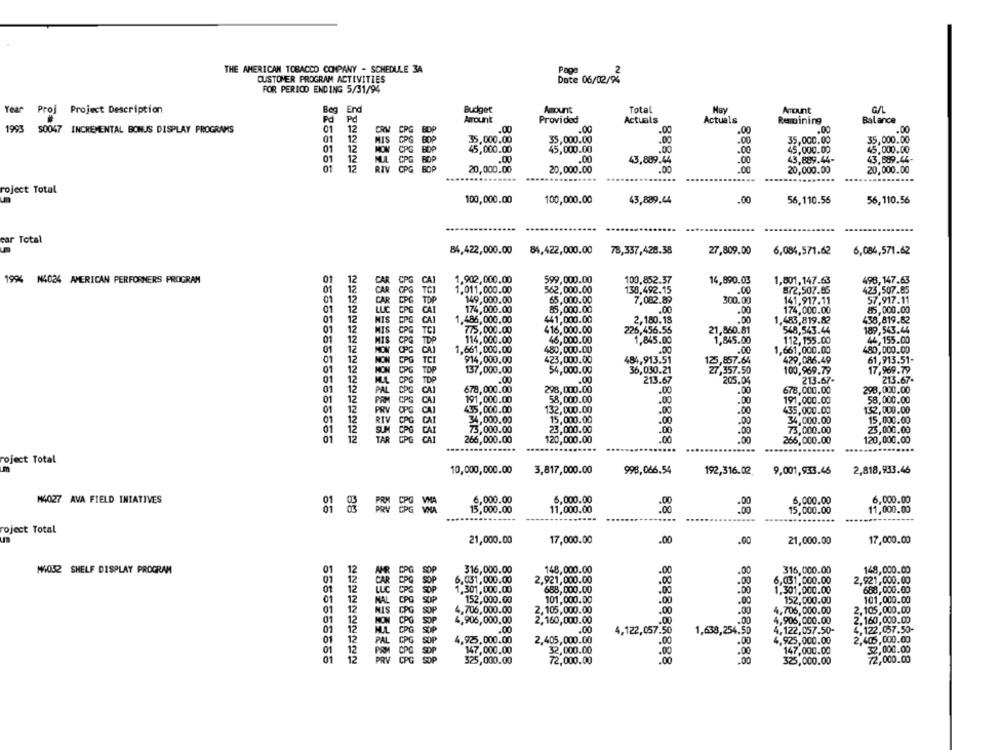
THE AMERICAN TOBACCO COMPANY - SCHEDULE 34
Page
CUSTOMER PROGRAM ACTIVITIES
Date 06/02/92
FOR PERIOD ENDING 5/31/94
Year Proj Project Description
Year
Beg
End
Budget
Amount
Total
Amount
Pd
Pd
Amount
Provided
Actuals
Actuals
Remaining
Balance
12
.00
.00
1993 S0047 INCREMENTAL BONUS DISPLAY PROGRAMS
01
CPG
BOP
.00
.00
01
12
MIS
BOP
35,000.00
35,000.00
.00
.00
35,000.00
01
12
CPG
BOP
45,000.00
45,000.00
.00
45,000.00
12
.00
43,889.44-
01
CPG
BOP
.00
43,889.44
12
RIV
CPG
FOP
8
8
20,000.00
20,000.00
....
88880
roject Total
100,000.00
100,000.00
43,889.44
.00
56,110.56
56,110.56
ear Total
84,422,000.00
84,422,000.00
78,337,428.38
27,809.00
6,084,571.62
6,084,571.62
498,147.63
199% N4034 AMERICAN PERFORNERS PROGRAM
1.902,000.00
599,000.00
100,852.37
14,890.03
1,801,147.63
TCI
1.011,000.00
562,000.00
130,492.15
.00
872,507.65
423,507.85
TOP
149,000.00
65,000.00
7,082.89
300.00
141.917.11
57.917.11
.00
CAI
174,000.00
85,000.00
.00
174,000.00
85,000.00
CAI
1,486,000.00
441,000.00
2,180.18
.00
1.483,819.82
438,819.82
MIS
CPG TCI
775,000.00
416,000.00
226,456.55
21,860.81
548,543.44
189,543.44
46,000.00
CPG TDP
114,000.00
1,845.00
1,845.00
112,155.00
44,155.00
OPG
CAI
1.661,000.00
480,000.00
.00
.00
1,661,000.00
480,000.00
CPG
TCI
914,000.00
8888
423,000.00
484,913.51
125,857.64
429,086.49
61,913.51-
CPG TOP
137,000.00
54,000.00
36,030.21
27,357.50
100,969.79
17,969.79
CPG
TOP
.00
.00
213.67
*205.04
213.67-
213.67-
CAI
678,000.00
298,000.00
.00
.00
678,000.00
298,000.00
CPG CAI
191,000.00
58,000.00
.00
.00
191,000.00
58,000.00
OPG
132,000.00
.00
.00
132,000.00
RTV
CRG CAT
15,000.00
.00
.00
88
15,000.00
23,000.00
8888
9888
.00
.00
73,000.00
25,000.00
120,000.00
.00
.00
266,000.00
120,000.00
......
roject Total
10,000,000.00
3,817,000.00
998,066.54
192,316.02.
9,001,933.46
2,818,933.46
M4027 AVA FIELD INTATIVES
6,000.00
6,000.00
6,000.00
6,000.00
15,000.00
11,000.00
.00
.00
15,000.00
11,000.00
.....
....
roject Total
21,000.00
17,000.00
.00
.00
21,000.00
17,000.00
M4032 SHELF DISPLAY PROGRAM
316,000.00
148,000.00
.00
148,000.00
SOP
.00
SOP
2.921,000.00
.00
6,031,000.00
2,921,000.00
SOP
1.301,000.00
688,000.00
.00
1,301,000.00
688,000.00
NAL
CPG
SOP
888
101,000.00
.00
101,000.00
SOP
.00
NIS
CPG
4,706,000.00
2,105,000.00
.00
.00
2,105,000.00
NON CPG
2,160,000.00
:00
.00
160,000.00
NUL
SOP
.00
.00
4,122,057.50
1,638,254.50
4.122,057.50-
4.1.
PAL
CPG
4,925,000.00
2,405,000.00
.00
.00
2,405,000.00
CPC
SDP
32,000.00
.00
.00
388888588
32,000.00
72,000.00
325,000.00
8888888
72,000.00
325,000.00
8 888
SABAN